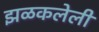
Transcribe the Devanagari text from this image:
झळकलेली